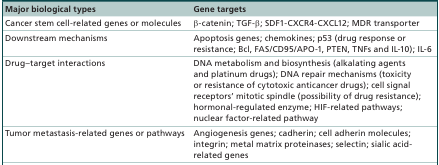
<table><thead><tr><td><b>Major biological types</b></td><td><b>Gene targets</b></td></tr></thead><tbody><tr><td>Cancer stem cell-related genes or molecules</td><td>β-catenin; TGF-β; SDF1-CXCR4-CXCL12; MDR transporter</td></tr><tr><td>Downstream mechanisms</td><td>Apoptosis genes; chemokines; p53 (drug response or resistance; Bcl, FAS/CD95/APO-1, PTEN, TNFs and IL-10); IL-6</td></tr><tr><td>Drug–target interactions</td><td>DNA metabolism and biosynthesis (alkalating agents and platinum drugs); DNA repair mechanisms (toxicity or resistance of cytotoxic anticancer drugs); cell signal receptors’ mitotic spindle (possibility of drug resistance); hormonal-regulated enzyme; HIF-related pathways; nuclear factor-related pathway</td></tr><tr><td>Tumor metastasis-related genes or pathways</td><td>Angiogenesis genes; cadherin; cell adherin molecules; integrin; metal matrix proteinases; selectin; sialic acid-related genes</td></tr></tbody></table>